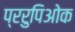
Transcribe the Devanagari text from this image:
प्ररुपिओक